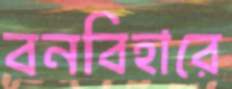
বনবিহারে